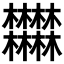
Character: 𣡽